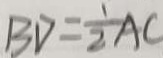
B D = \frac { 1 } { 2 } A C